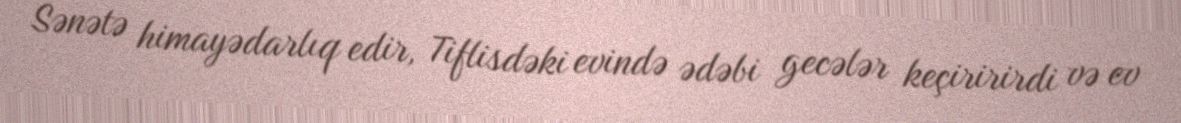
Sənətə himayədarlıq edir, Tiflisdəki evində ədəbi gecələr keçiririrdi və ev